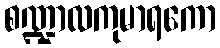
စဏ္ဍာလကုမာရကော